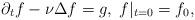
LaTeX: \begin{align*}\partial_t f-\nu\Delta f=g,\;f|_{t=0}=f_0,\end{align*}